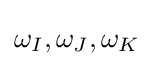
\omega _{I},\omega _{J},\omega _{K}